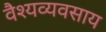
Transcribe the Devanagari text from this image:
वैश्यव्यवसाय